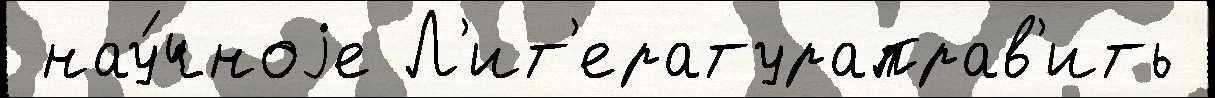
 нау́чноjе Л'ит'ератураправ'ить